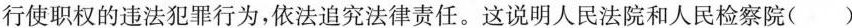
行使职权的违法犯罪行为，依法追究法律责任。这说明人民法院和人民检察院( )